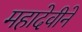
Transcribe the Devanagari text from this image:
महादेवीने